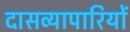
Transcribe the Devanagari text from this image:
दासव्यापारियों